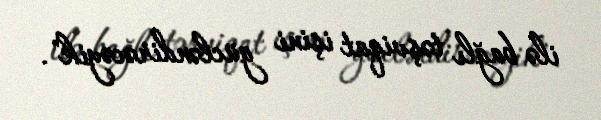
ilə bağlı təşviqat işini gücləndirəcəyik".